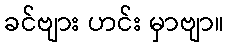
ခင်ဗျား ဟင်း မှာဗျာ။